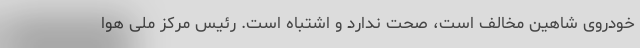
خودروی شاهین مخالف است، صحت ندارد و اشتباه است. رئیس مرکز ملی هوا